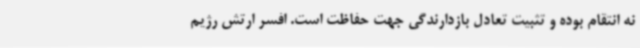
نه انتقام بوده و تثبیت تعادل بازدارندگی جهت حفاظت است. افسر ارتش رژیم